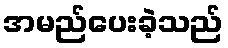
အမည်ပေးခဲ့သည်